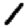
Digit: 1